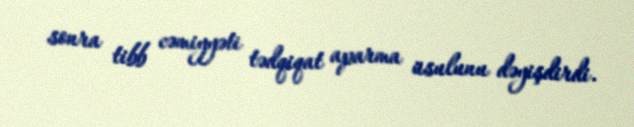
sonra tibb cəmiyyəti tədqiqat aparma üsulunu dəyişdirdi.